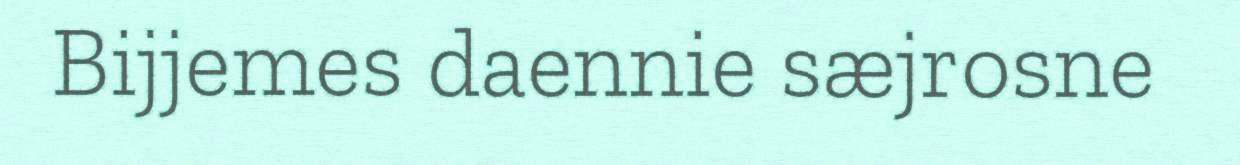
Bijjemes daennie sæjrosne